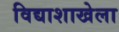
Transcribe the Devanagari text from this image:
विद्याशाखेला